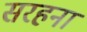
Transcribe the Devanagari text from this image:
सरहना